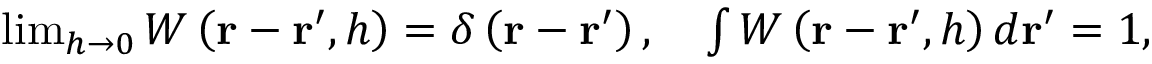
\begin{array} { r } { \operatorname* { l i m } _ { h \rightarrow 0 } W \left( \mathbf { r } - \mathbf { r } ^ { \prime } , h \right) = \delta \left( \mathbf { r } - \mathbf { r } ^ { \prime } \right) , \quad \int W \left( \mathbf { r } - \mathbf { r } ^ { \prime } , h \right) d \mathbf { r } ^ { \prime } = 1 , } \end{array}